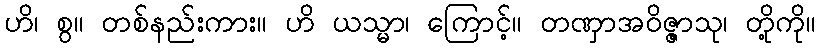
ဟိ၊ စွ။ တစ်နည်းကား။ ဟိ ယသ္မာ၊ ကြောင့်။ တဏှာအဝိဇ္ဇာသု၊ တို့ကို။